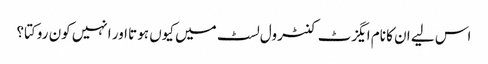
اس لیے ان کا نام ایگزٹ کنٹرول لسٹ میں کیوں ہوتا اور انہیں کون روکتا؟